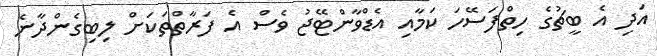
އަދި އެ ބީޗުގެ ހިތްފަސޭހަ ކަމާއި އެޑްވާންޓޭޖު ވެސް އެ ފަރާތްތަކަށް ލިބިގެންދާނެ